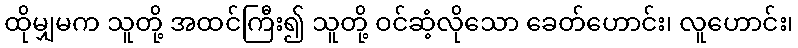
ထိုမျှမက သူတို့ အထင်ကြီး၍ သူတို့ ဝင်ဆံ့လိုသော ခေတ်ဟောင်း၊ လူဟောင်း၊